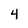
Character: 4